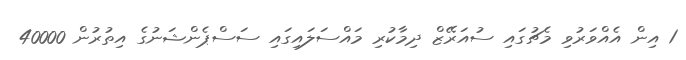
1 އިން އެއްވަރުވި މެޗުގައި ސުއަރޭޒް ދިމާކުރި މައްސަލައިގައި ސަސްޕެންޝަނުގެ އިތުރުން 40000